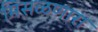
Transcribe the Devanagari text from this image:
मिसळणारा